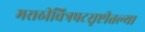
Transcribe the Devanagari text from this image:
मराठीचित्रपटसृष्टीतल्या